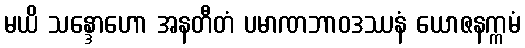
မယိ သန္ဒောဟော အနတီတံ ပမာဏဘာဝဒဿနံ ယောဇနက္ကမံ